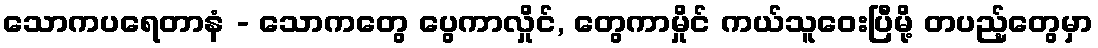
သောကပရေတာနံ - သောကတွေ ပွေကာလှိုင်, တွေကာမှိုင် ကယ်သူဝေးပြီမို့ တပည့်တွေမှာ